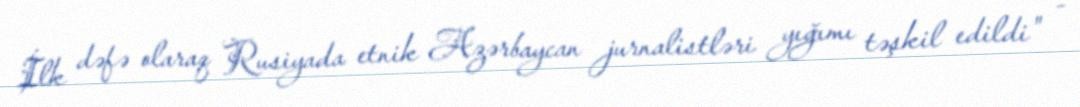
İlk dəfə olaraq Rusiyada etnik Azərbaycan jurnalistləri yığımı təşkil edildi" -